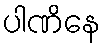
ပါဏိနေ